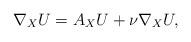
LaTeX: \begin{align*}\nabla_X U = A_X U + \nu \nabla_X U,\end{align*}